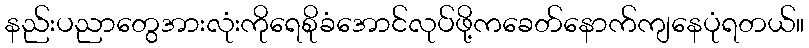
နည်းပညာတွေအားလုံးကိုရေစိုခံအောင်လုပ်ဖို့ကခေတ်နောက်ကျနေပုံရတယ်။